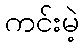
ကင်းမဲ့